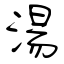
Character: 湯